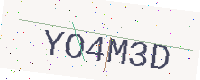
Text: YO4M3D